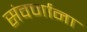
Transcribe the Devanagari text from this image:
संवर्णाना